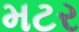
મટર